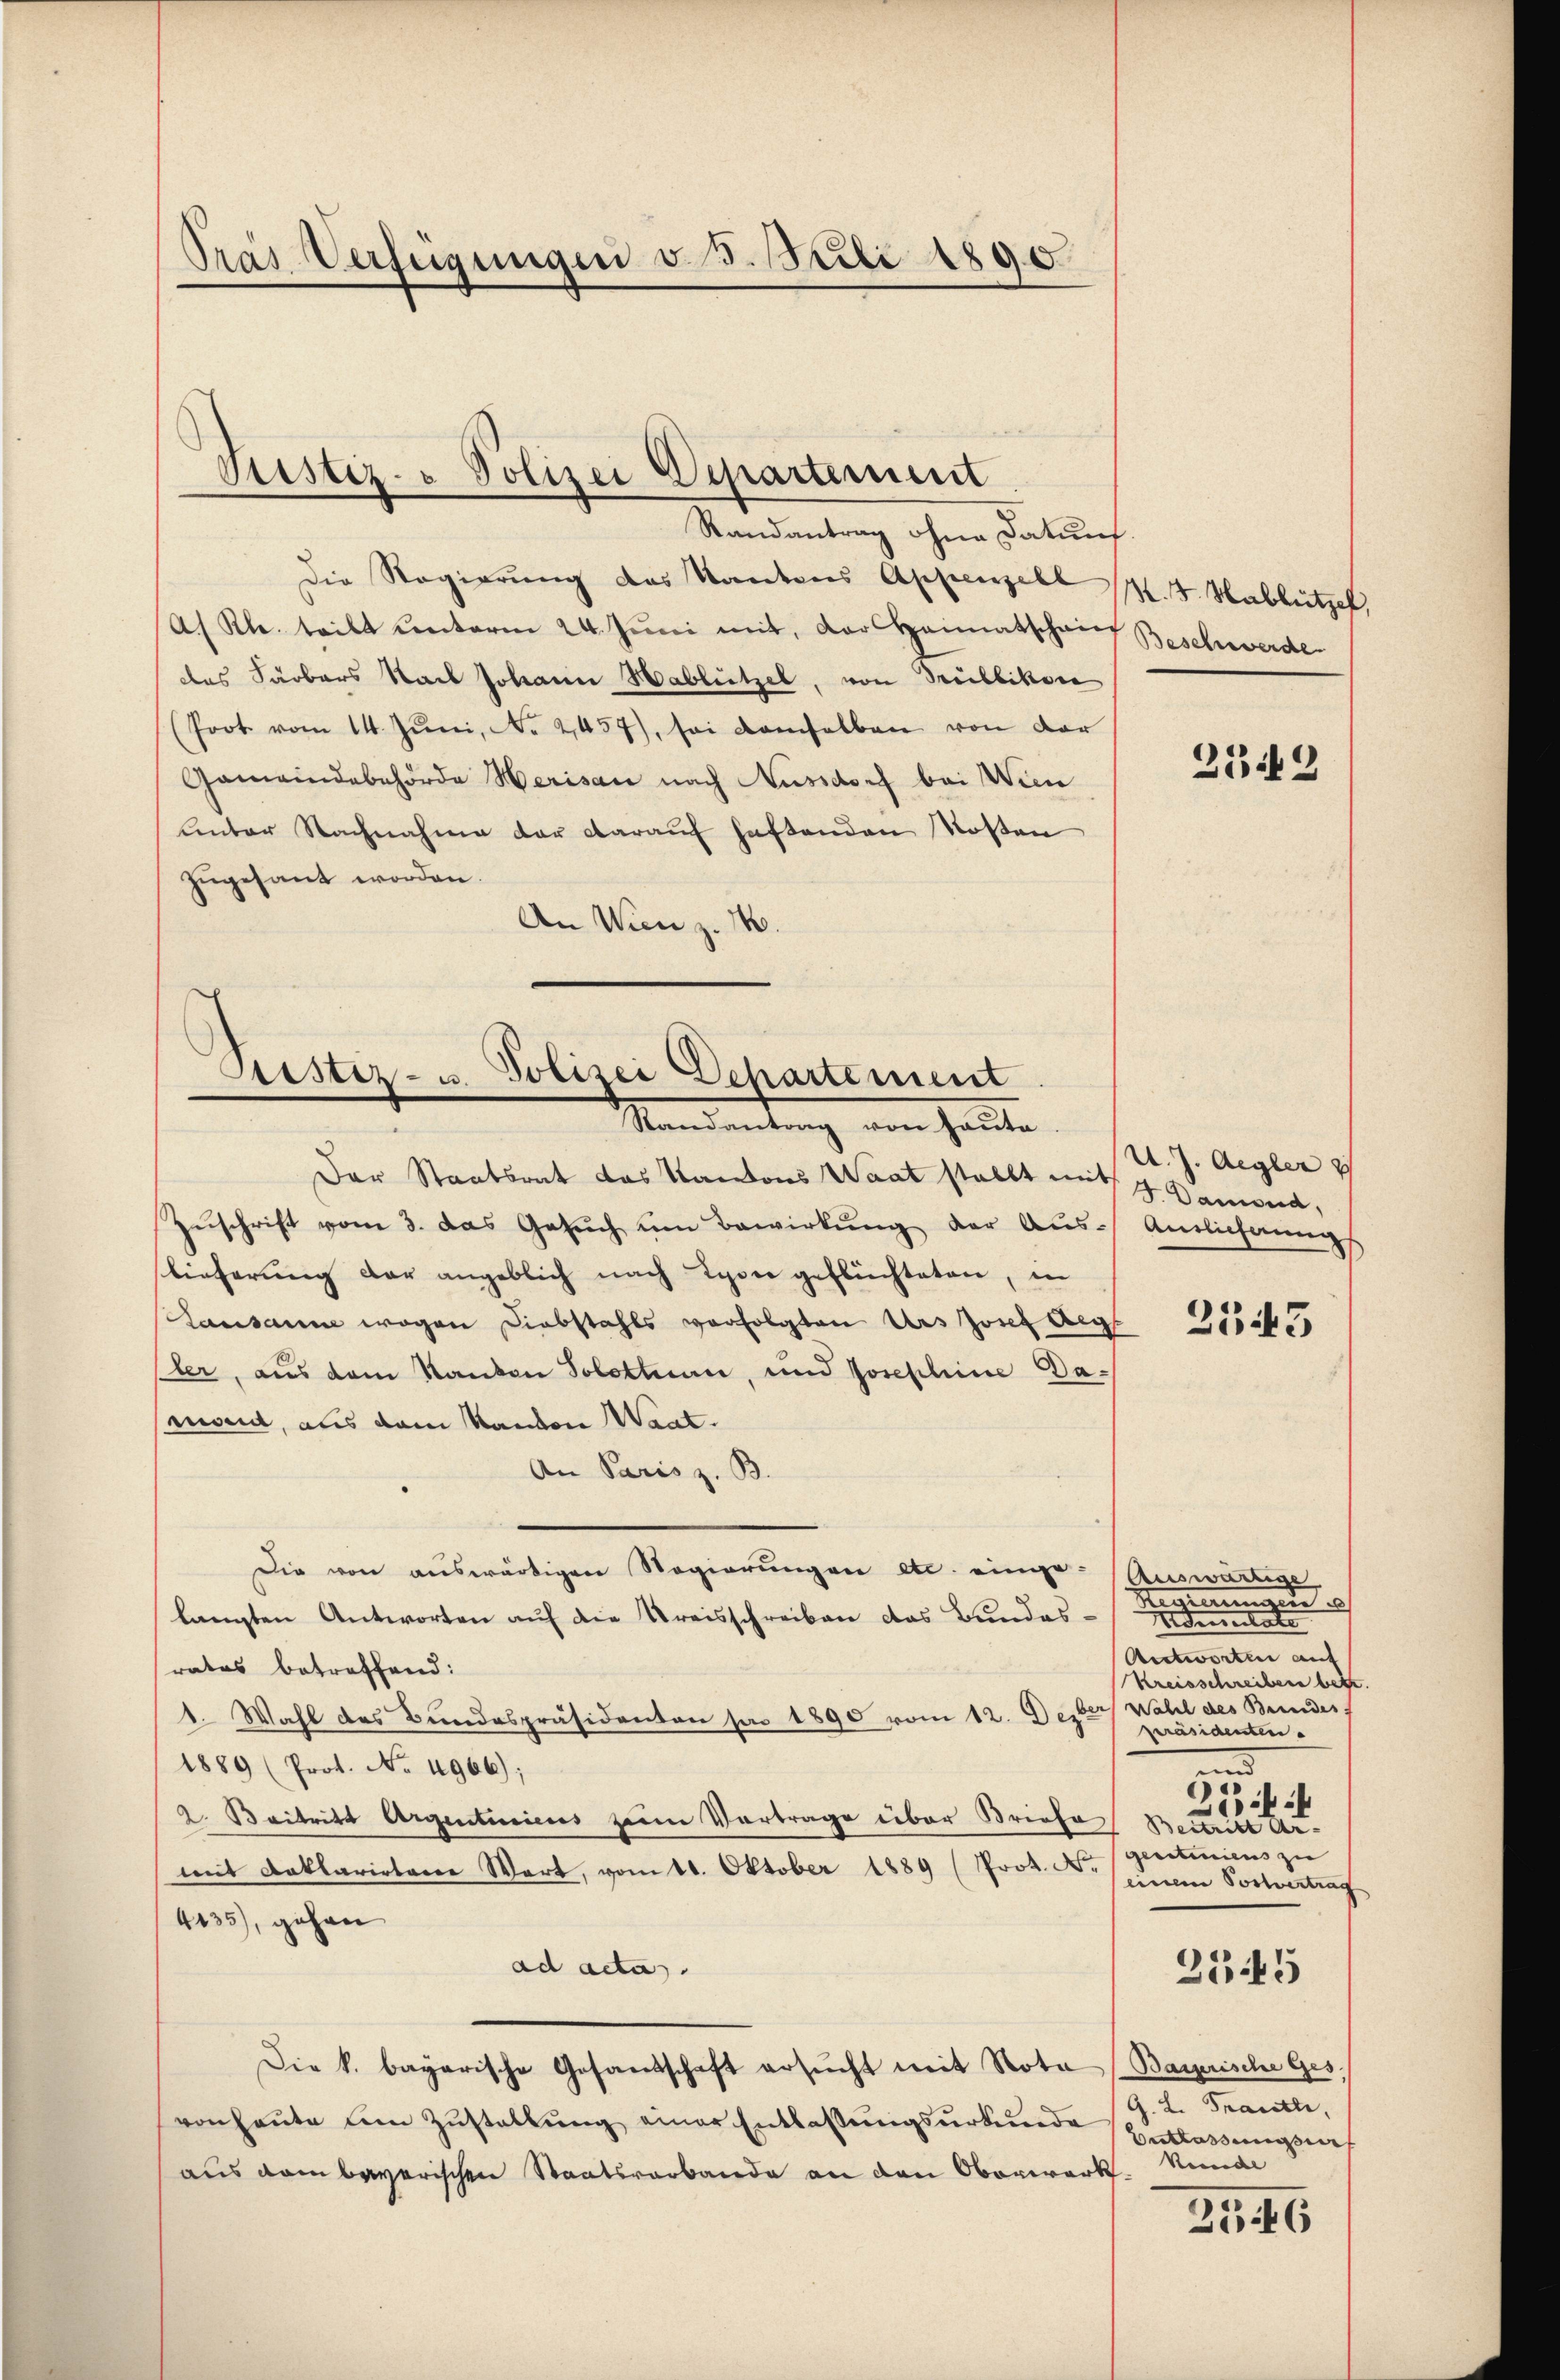
Die Regierung des Kantones Appenzell
Af Kl. teilt unterm 24. Jŭni mit, der Heimatschain
das Färbers Stadt Johann Hablützel, von Teilbikon
(Poot vom 14. Jŭni, No. 2457), sei demselben von der
Gemeindebehörde Herisau nach Aussdorf bei Wien
Lnter Nachnahme der darauf haftenden Kosten
zugesant worden.
An Wien z. 14.

Pras Verfügungen v. 5. Juli 1890.

Justiz- & Polizei Departement
Randantrag ohne Datums.

Justiz- u. Polizei Departement
Mandantung von heute

Der Staatsrat das Kantons Waat stellt mit 4 Damend,
Zŭschrift vom 3. das Gesŭch ŭm Bewirkŭng der Aŭs-Amtlichnŭng
lieferung der angeblich nach Lyon geflüchteten, in
Lausanne wegen Diebstahls vorfolgten Urs Josef Aeg
sler, aus dem Randen Solothurn, und Josephine Dawent, aus dem Standen Waat.
An Paris z. B.
Die von auswärtigen Regierungen etc. einge-
langten Antworten auf die Kreisschreiben das Bundes-
rates betreffend:
1. Wahl des Bundespräsidenten par 1890 vom 12. Deser Wahl des Bundes
1889 (Prot. No. 4966);
2. Beitritt Argentiniens zum Vortrage über Briefe Bestritt Ar-
mit Deklarirtere Wart, vom 11. Oktober 1889 (Prot. N. gentiniens zu
4435), gehen
ad acta.
Die k. bayarische Gesandschaft ersŭcht mit Nota (Baiprische Ges.
vonhaŭte am Zŭstallŭng einer Entlassungsurkunde
aus dem bayerischen Staatsrarbande an den Oberwerk¬

M. v. Hablützel,
Beschwerde

2342

U. J. Aegler 7

2345

Auswärtige
Regierungen
dementate
Antworten auf
Kreisschreiben betr.
präsidenten.
und
u
:4
einem Postvertrag
2545
g. d. Granal,
Entlass massia
Venede

356